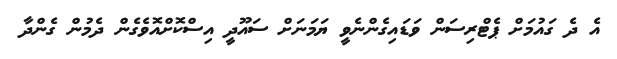
އެ ދެ ގައުމަށް ޕެޓްރިސަން ވަޑައިގެންނެވީ ޔަމަނަށް ސައޫދީ އިސްކޮށްއޮވެގެން ދެމުން ގެންދާ